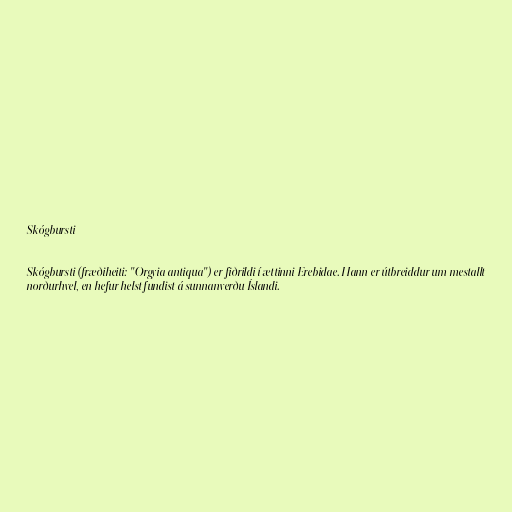
Skógbursti

Skógbursti (fræðiheiti: "Orgyia antiqua") er fiðrildi í ættinni Erebidae. Hann er útbreiddur um mestallt
norðurhvel, en hefur helst fundist á sunnanverðu Íslandi.